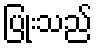
ပြုံးသည်